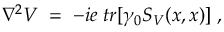
\nabla ^ { 2 } V \; = \; - i e \; t r [ \gamma _ { 0 } S _ { V } ( x , x ) ] \; ,